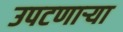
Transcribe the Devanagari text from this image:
उपटणार्‍या